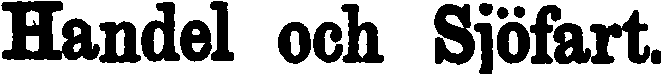
Handel och Sjöfart.